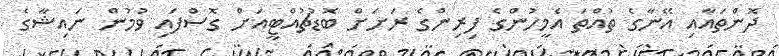
ދޮންތައާއި އޭނާގެ ތުއްތަ އެމީހުންގެ ފިރިންގެ ރަށަށް ބޮޑުޗުއްޓީއަށް ގޮސްފައި ވުމުން ނައިޝާގެ